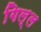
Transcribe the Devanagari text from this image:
गिल्ल